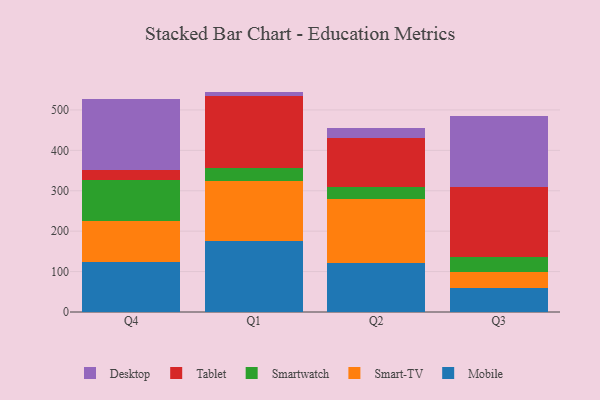
{"axis": {"x": "Quarter", "y": "LTV (USD)"}, "legend": ["Desktop", "Mobile", "Smart-TV", "Smartwatch", "Tablet"], "data": [{"x": "Q4", "y": 123.0, "type": "Mobile"}, {"x": "Q4", "y": 102.9, "type": "Smart-TV"}, {"x": "Q4", "y": 101.5, "type": "Smartwatch"}, {"x": "Q4", "y": 24.1, "type": "Tablet"}, {"x": "Q4", "y": 175.3, "type": "Desktop"}, {"x": "Q1", "y": 174.5, "type": "Mobile"}, {"x": "Q1", "y": 150.0, "type": "Smart-TV"}, {"x": "Q1", "y": 31.4, "type": "Smartwatch"}, {"x": "Q1", "y": 178.3, "type": "Tablet"}, {"x": "Q1", "y": 11.2, "type": "Desktop"}, {"x": "Q2", "y": 121.7, "type": "Mobile"}, {"x": "Q2", "y": 158.5, "type": "Smart-TV"}, {"x": "Q2", "y": 29.0, "type": "Smartwatch"}, {"x": "Q2", "y": 122.6, "type": "Tablet"}, {"x": "Q2", "y": 23.3, "type": "Desktop"}, {"x": "Q3", "y": 58.2, "type": "Mobile"}, {"x": "Q3", "y": 40.1, "type": "Smart-TV"}, {"x": "Q3", "y": 37.1, "type": "Smartwatch"}, {"x": "Q3", "y": 172.9, "type": "Tablet"}, {"x": "Q3", "y": 176.9, "type": "Desktop"}]}